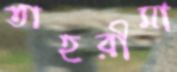
তাহরীমা